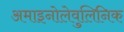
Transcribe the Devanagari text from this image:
अमाइनोलेवुलिनिक